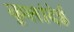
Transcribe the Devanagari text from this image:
कुलांदेई